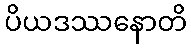
ပိယဒဿနောတိ